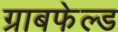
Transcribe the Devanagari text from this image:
ग्राबफेल्ड